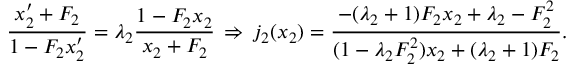
\frac { x _ { 2 } ^ { \prime } + F _ { 2 } } { 1 - F _ { 2 } x _ { 2 } ^ { \prime } } = \lambda _ { 2 } \frac { 1 - F _ { 2 } x _ { 2 } } { x _ { 2 } + F _ { 2 } } \, \Rightarrow \, j _ { 2 } ( x _ { 2 } ) = \frac { - ( \lambda _ { 2 } + 1 ) F _ { 2 } x _ { 2 } + \lambda _ { 2 } - F _ { 2 } ^ { 2 } } { ( 1 - \lambda _ { 2 } F _ { 2 } ^ { 2 } ) x _ { 2 } + ( \lambda _ { 2 } + 1 ) F _ { 2 } } .